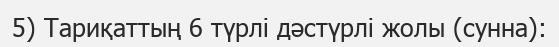
5) Тариқаттың 6 түрлі дәстүрлі жолы (сунна):